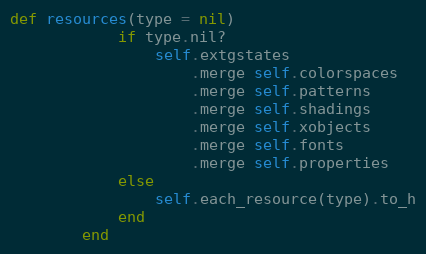
Language: Ruby
def resources(type = nil)
            if type.nil?
                self.extgstates
                    .merge self.colorspaces
                    .merge self.patterns
                    .merge self.shadings
                    .merge self.xobjects
                    .merge self.fonts
                    .merge self.properties
            else
                self.each_resource(type).to_h
            end
        end